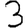
Digit: 3